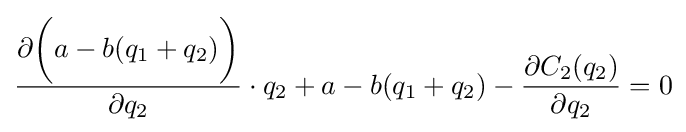
{\frac {\partial {\bigg (}a-b(q_{1}+q_{2}){\bigg )}}{\partial q_{2}}}\cdot q_{2}+a-b(q_{1}+q_{2})-{\frac {\partial C_{2}(q_{2})}{\partial q_{2}}}=0